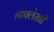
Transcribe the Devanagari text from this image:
तापलेखी